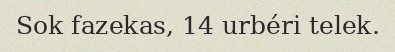
Sok fazekas, 14 urbéri telek.